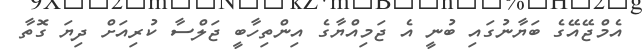
އެމްޖޭއޭގެ ބަޔާނުގައި ބުނީ އެ ޖަމިއްޔާގެ އިންތިހާބީ ޖަލްސާ ކުރިއަށް ދިޔަ ގޮތާ